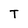
Character: T